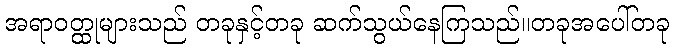
အရာဝတ္ထုများသည် တခုနှင့်တခု ဆက်သွယ်နေကြသည်။တခုအပေါ်တခု